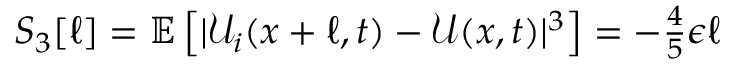
\begin{array} { r } { S _ { 3 } [ \ell ] = \mathbb { E } \left[ | \mathcal { U } _ { i } ( x + \ell , t ) - \mathcal { U } ( x , t ) | ^ { 3 } \right] = - \frac { 4 } { 5 } \epsilon \ell } \end{array}